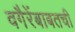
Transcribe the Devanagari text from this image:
वगैरेंबाबतची